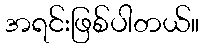
အရင်းဖြစ်ပါတယ်။